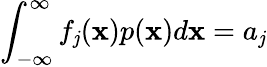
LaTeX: \int_{-\infty}^{\infty}f_{\mathit{j}}(\mathbf{x})p(\mathbf{x})d\mathbf{x}=a_{\mathit{j}}